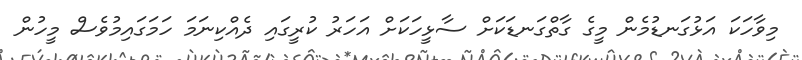
މިވާހަކަ އަޅުގަނޑުމެން މީގެ ގާތްގަނޑަކަށް ސާޅީހަކަށް އަހަރު ކުރީގައި ދެއްކިނަމަ ހަމަގައިމުވެސް މީހުން